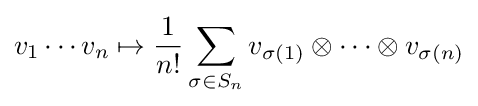
v_{1}\cdots v_{n}\mapsto {\frac {1}{n!}}\sum _{\sigma \in S_{n}}v_{\sigma (1)}\otimes \cdots \otimes v_{\sigma (n)}